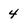
Character: 4